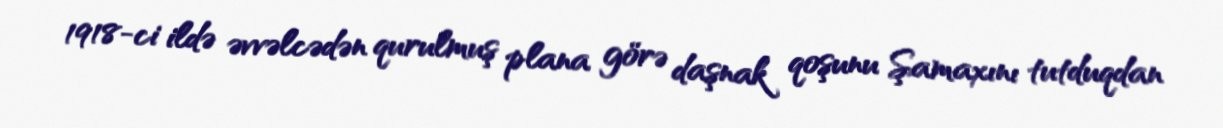
1918-ci ildə əvvəlcədən qurulmuş plana görə daşnak qoşunu Şamaxını tutduqdan